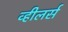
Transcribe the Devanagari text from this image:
व्हीलर्स